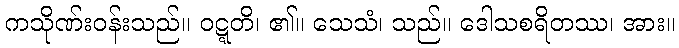
ကသိုဏ်းဝန်းသည်။ ဝဋ္ဋတိ၊ ၏။ သေသံ၊ သည်။ ဒေါသစရိတဿ၊ အား။